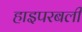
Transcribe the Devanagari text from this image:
हाइपरबली